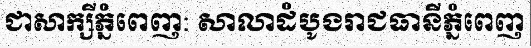
ជាសាក្សីភ្នំពេញ: សាលាដំបូងរាជធានីភ្នំពេញ